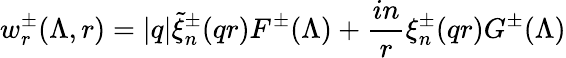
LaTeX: w_{r}^{\pm}(\Lambda,r)=|q|\widetilde{\xi}_{n}^{\pm}(qr)F^{\pm}(\Lambda)+\frac{in}{r}\xi_{n}^{\pm}(qr)G^{\pm}(\Lambda)